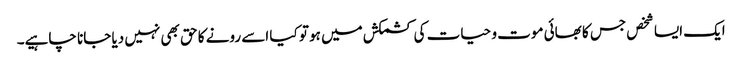
ایک ایسا شخص جس کا بھائی موت و حیات کی کشمکش میں ہو تو کیا اسے رونے کا حق بھی نہیں دیا جانا چاہیے۔